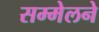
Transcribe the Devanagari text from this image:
सम्मेलने